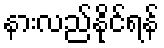
နားလည်နိုင်ရန်